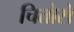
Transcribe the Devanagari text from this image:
चितोसे